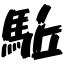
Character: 駈